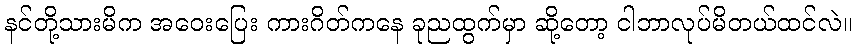
နင်တို့သားမိက အဝေးပြေး ကားဂိတ်ကနေ ခုညထွက်မှာ ဆို့တော့ ငါဘာလုပ်မိတယ်ထင်လဲ။